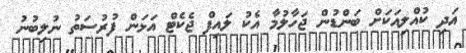
އަދި ކުއްލިއަކަށް ބަންޑުން ޖަހާލުމާ އެކު ލައިފް ޖެކެޓް އަޅަން ފުރުސަތު ނުލިބުނު